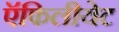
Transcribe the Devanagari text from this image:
ऍफिलीयेट